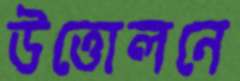
উত্তোলনে